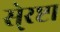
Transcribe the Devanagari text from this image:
से्रष्टा